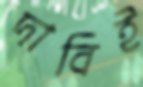
দাবিই